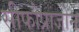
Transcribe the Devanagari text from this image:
सीफोप्राजोन